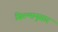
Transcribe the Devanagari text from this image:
फ़िल्मानुसार